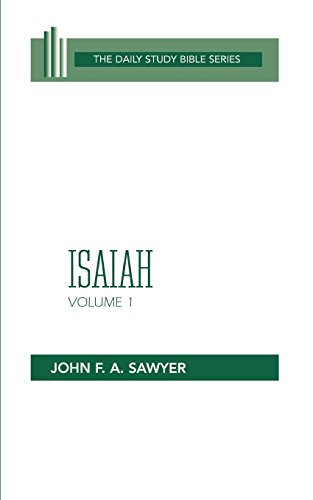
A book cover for Isaiah, Volume 1: Chapters 1 to 32 (OT Daily Study Bible Series); John F. A. Sawyer; Christian Books & Bibles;